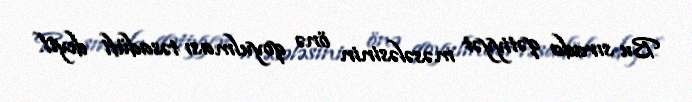
Bu sırada qətiyyət məsələsinin önə qoyulması təsadüfi deyil.